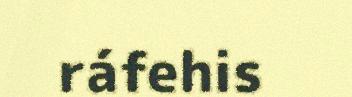
ráfehis